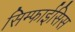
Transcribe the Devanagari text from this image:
सिम्फाईसिस